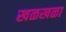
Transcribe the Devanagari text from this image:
खळखळा